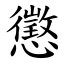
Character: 懲